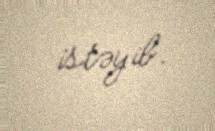
istəyib.